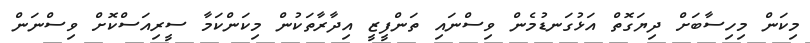
މިކަން މިހިސާބަށް ދިޔަގޮތް އަޅުގަނޑުމެން ވިސްނައި ތަންފީޒީ އިދާރާތަކުން މިކަންކަމާ ސީރިއަސްކޮށް ވިސްނަން